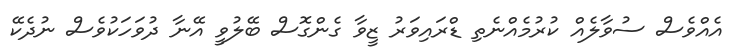
އެއްވެސް ސުވާލެއް ކުރުމެއްނެތި ޑްރައިވަރު ޒީވާ ގެންގޮސް ބޭލުވީ އޭނާ ދުވަހަކުވެސް ނުދެކޭ